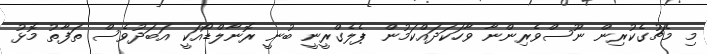
މި މެޗުގެކުރިން ނޫސްވެރިންނާ ވާހަކަދައްކަމުން ޕެލެގްރީނީ ބުނީ ރޮނާލްޑޯއަކީ އަބަދުވެސް ތަފާތު މޮޅު